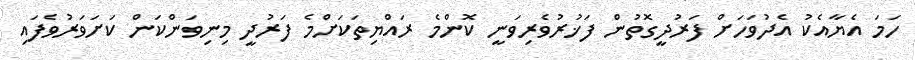
ހަމަ އެޔާއެކު އެދުވަހަށް ފަރުދީގޮތުން ފަޚުރުވެރިވަނީ ކޮންމެ ރައްޔިތަކަށްމެ ފަރުދީ މިނިވަންކަން ކަށަވަރުވެފައި